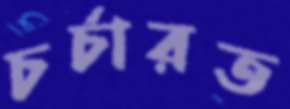
চর্চারত